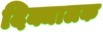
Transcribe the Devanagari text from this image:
दिक्चालक